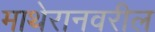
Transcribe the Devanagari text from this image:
माथेरानवरील